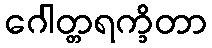
ဂေါတ္တရက္ခိတာ